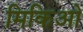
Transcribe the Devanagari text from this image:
मिकिओ